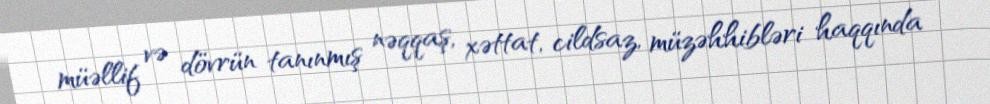
müəllif və dövrün tanınmış nəqqaş, xəttat, cildsaz, müzəhhibləri haqqında